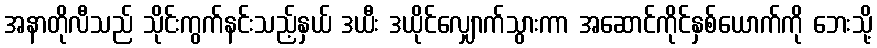
အနာတိုလီသည် သိုင်းကွက်နင်းသည့်နှယ် ဒယီး ဒယိုင်လျှောက်သွားကာ အဆောင်ကိုင်နှစ်ယောက်ကို ဘေးသို့